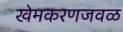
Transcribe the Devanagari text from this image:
खेमकरणजवळ